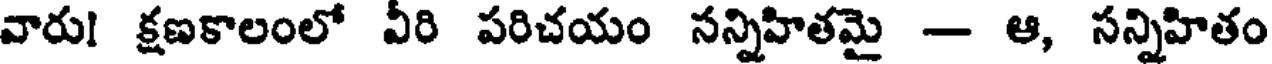
వారు! క్షణకాలంలో వీరి పరిచయం సన్నిహితమై - ఆ, సన్నిహితం